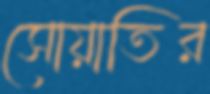
সোয়াতির